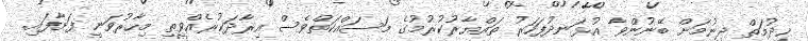
ޚިދުމަތް ދިނުމަށް ބޭނުންވާ އުޅަނދުފަހަރު ތައްޔާރުކުރުމުގެ މަސައްކަތްވެސް އިރާދަކުރެއްވީތީ މިހާރުވަނީ ފަށާފައި.